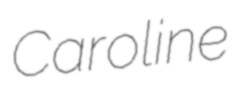
Caroline